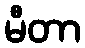
မီတာ